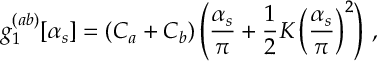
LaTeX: g _ { 1 } ^ { ( a b ) } [ \alpha _ { s } ] = ( C _ { a } + C _ { b } ) \left( \frac { \alpha _ { s } } { \pi } + \frac { 1 } { 2 } K \left( \frac { \alpha _ { s } } { \pi } \right) ^ { 2 } \right) \, ,